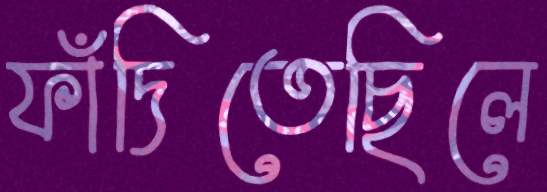
ফাঁদিতেছিলে